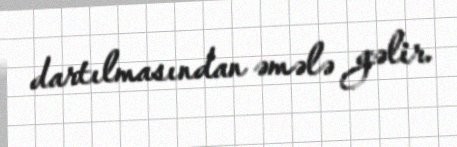
dartılmasından əmələ gəlir.